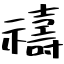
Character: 禱